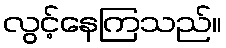
လွင့်နေကြသည်။